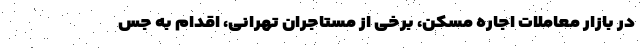
در بازار معاملات اجاره مسکن، برخی از مستاجران تهرانی، اقدام به جس